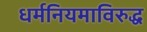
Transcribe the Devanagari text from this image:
धर्मनियमाविरुद्ध